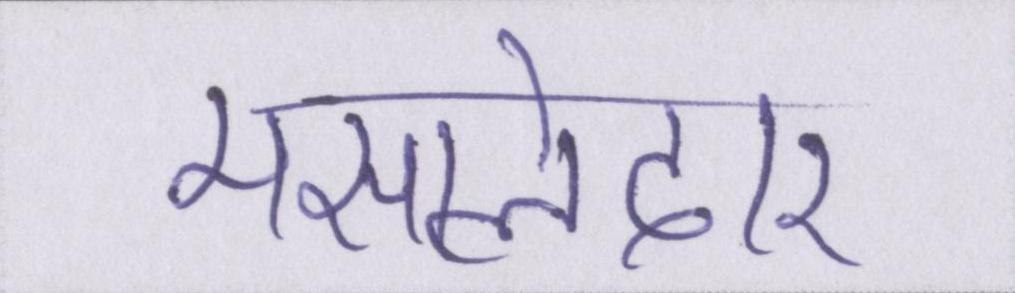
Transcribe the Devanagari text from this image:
मसालेदार